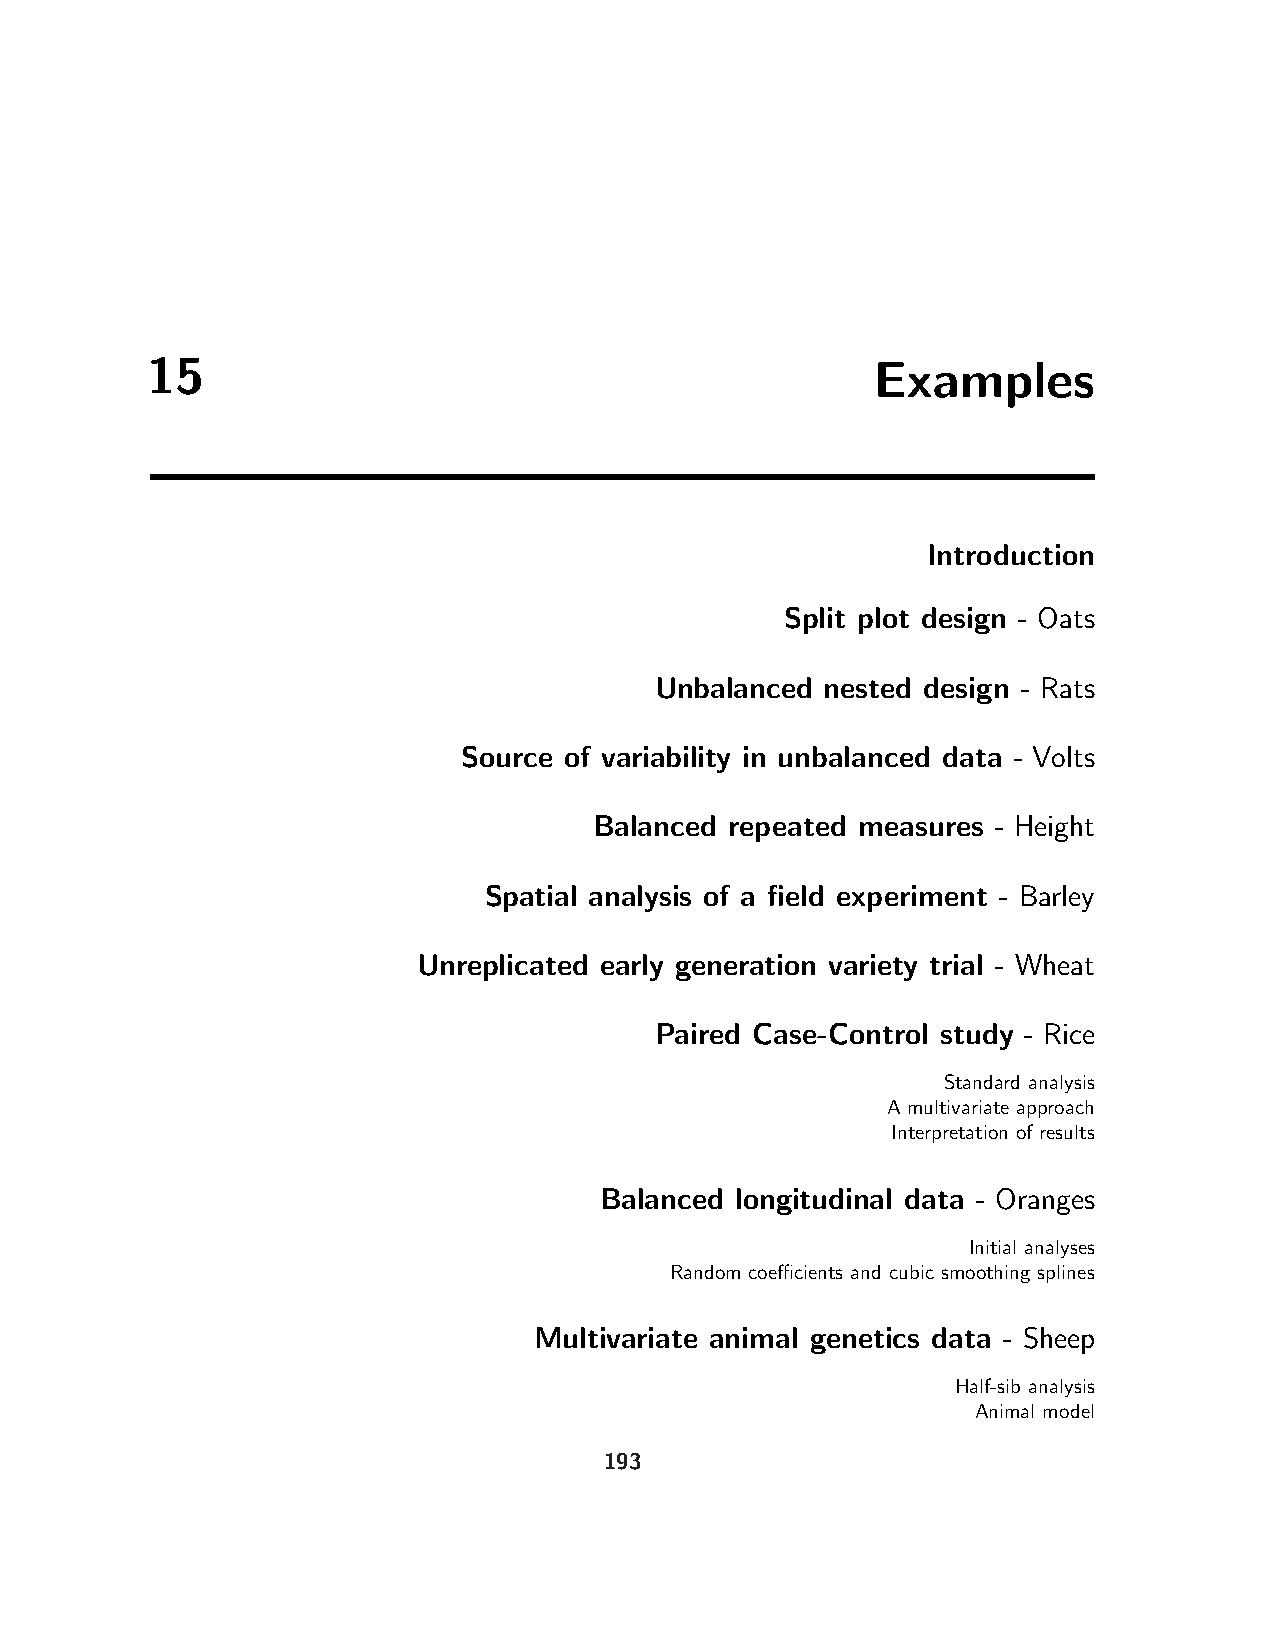
15                                              Examples
 Introduction
 Split plot design - Oats
 Unbalanced  nested design - Rats
 Source of variability in unbalanced data - Volts
 Balanced repeated measures - Height
 Spatial analysis of a field experiment - Barley
 Unreplicated early generation variety trial - Wheat
 Paired Case-Control study - Rice
 Standard analysis
 A multivariate approach
 Interpretation of results
 Balanced longitudinal data - Oranges
 Initial analyses
 Random coefficients and cubic smoothing splines
 Multivariate animal genetics data - Sheep
 Half-sib analysis
 Animal model
 193